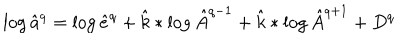
LaTeX: \log \hat { a } ^ { q } = \log \hat { e } ^ { q } + \hat { k } * \log \hat { A } ^ { q - 1 } + \hat { k } * \log \hat { A } ^ { q + 1 } + D ^ { q }